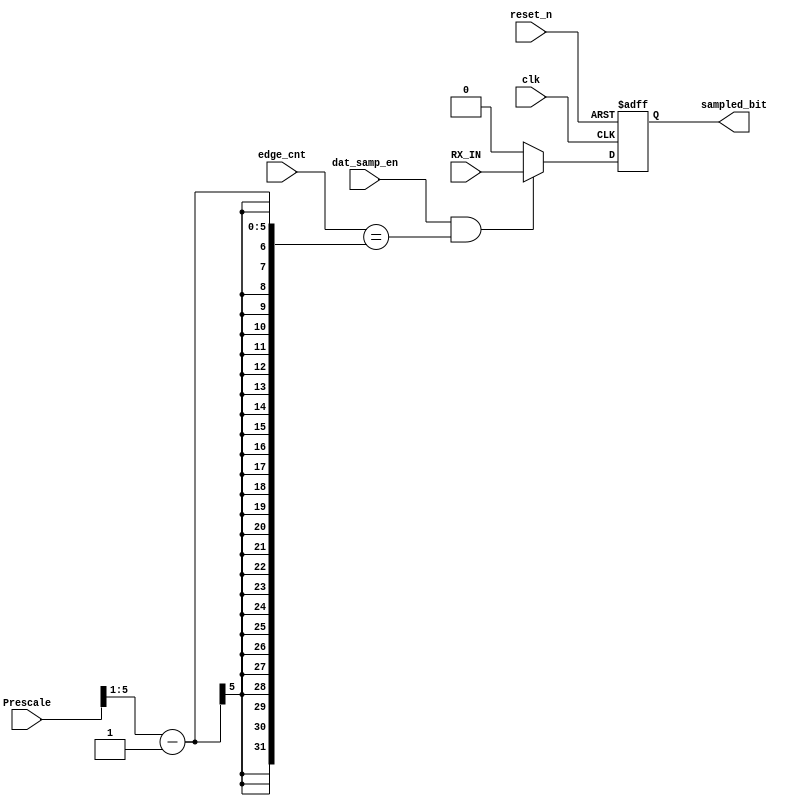
module data_sampling 
	#(parameter Prescale_width = 6)
(
	input [Prescale_width-1 : 0] Prescale,
	input [Prescale_width-1 : 0] edge_cnt,
	input clk, reset_n,
	input dat_samp_en,
	input RX_IN, 

	
	output reg sampled_bit

);

reg sampled_bit_next;

// State register

always @(posedge clk, negedge reset_n)
	begin
	
		if (~ reset_n)
			sampled_bit <= 1'b0;
			
		else
			sampled_bit <= sampled_bit_next;

	end
	
// Next State Logic

always @(*)
	begin
		sampled_bit_next = sampled_bit;
	
		if (dat_samp_en && edge_cnt == (Prescale >> 1) - 1) // Samling at the middle
			sampled_bit_next = RX_IN;
	
		else 
			sampled_bit_next = 1'b0;
	
	
	end 
	
	
	
endmodule